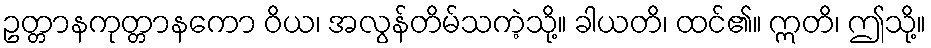
ဥတ္တာနကုတ္တာနကော ဝိယ၊ အလွန်တိမ်သကဲ့သို့။ ခါယတိ၊ ထင်၏။ ဣတိ၊ ဤသို့။